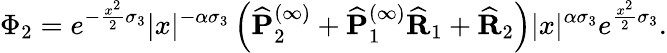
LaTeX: \Phi_{2}=e^{-\frac{x^{2}}{2}\sigma_{3}}|x|^{-\alpha\sigma_{3}}\left(\widehat{\mathbf{P}}_{2}^{(\infty)}+\widehat{\mathbf{P}}_{1}^{(\infty)}\widehat{\mathbf{R}}_{1}+\widehat{\mathbf{R}}_{2}\right)|x|^{\alpha\sigma_{3}}e^{\frac{x^{2}}{2}\sigma_{3}}.